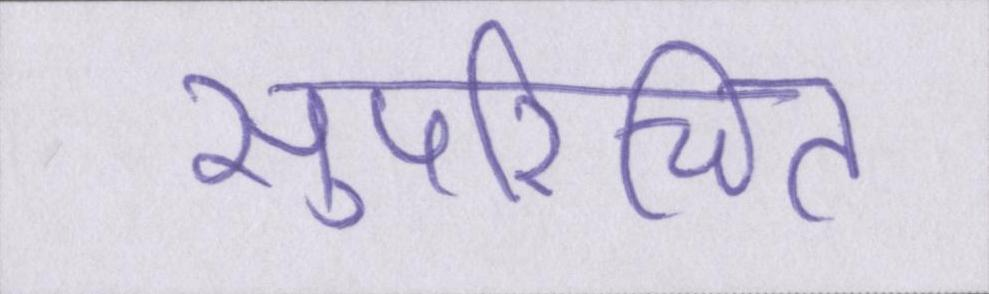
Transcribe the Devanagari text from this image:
सुपरिचित